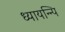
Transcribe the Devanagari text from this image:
ध्यायन्न्पि